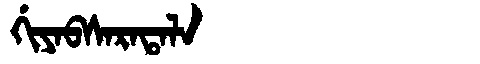
Manchu: ᡤᡳᠶᠠᠪᠰᠠᡵᠠᡨᠠᠯᠠ
Romanization: GIYABSARATALA